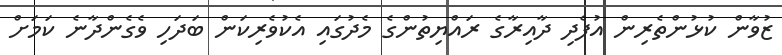
ޒުވާން ކުޅުންތެރިން އުފެދި ދާއިރާގެ ރައްޔިތުންގެ މެދުގައި އެކުވެރިކަން ބަދަހި ވެގެންދާނެ ކަމަށް